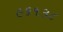
૯૬૧૩૮